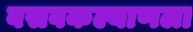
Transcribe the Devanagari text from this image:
बसवकल्याणला